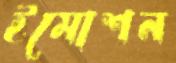
ইমোশন